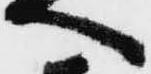
へ